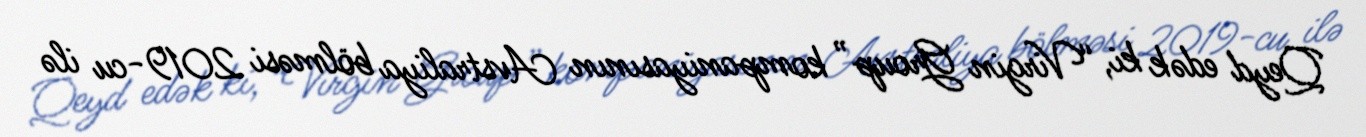
Qeyd edək ki, “Virgin Group” kompaniyasının Avstraliya bölməsi 2019-cu ilə